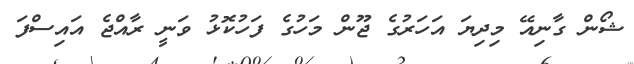
ޝޯން ގާނިއޭ މިދިޔަ އަހަރުގެ ޖޫން މަހުގެ ފަހުކޮޅު ވަނީ ރާއްޖެ އައިސްފަ